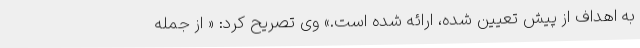
به اهداف از پیش تعیین شده، ارائه شده است.» وی تصریح کرد: « از جمله